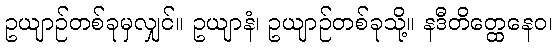
ဥယျာဉ်တစ်ခုမှလျှင်။ ဥယျာနံ၊ ဥယျာဉ်တစ်ခုသို့။ နဒီတိတ္ထေနေဝ၊